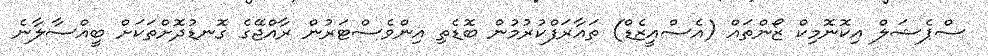
ސްޕެޝަލް އިކޮނޮމިކް ޒޯންތައް (އެސްއީޒެޑް) ތައާރަފްކުރުމުން ބޮޑެތި އިންވެސްޓަރުން ރާއްޖޭގެ ގޮނޑުދޮށްތަކަށް ބީއްސާލާނެ